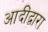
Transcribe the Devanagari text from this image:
आदींद्वारा